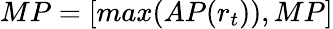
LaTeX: MP=[max(AP(r_{t})),MP]